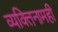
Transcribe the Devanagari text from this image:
व्यक्तिनामही